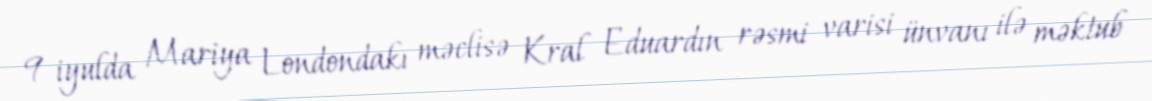
9 iyulda Mariya Londondakı məclisə Kral Eduardın rəsmi varisi ünvanı ilə məktub